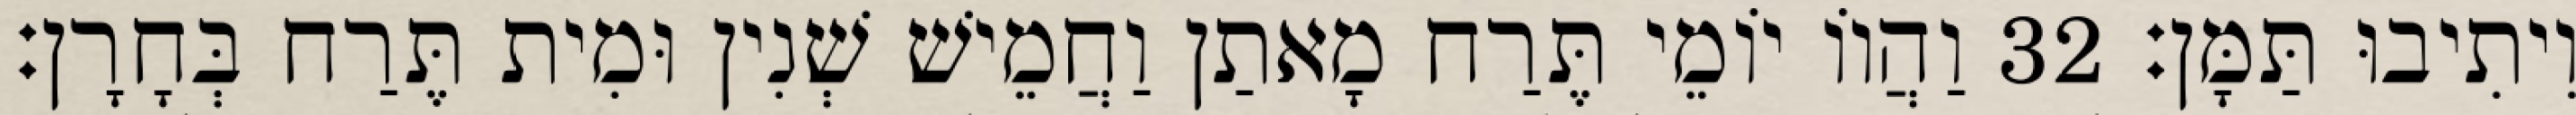
וִיתִיבוּ תַּמָּן׃ 32 וַהֲווֹ יוֹמֵי תֶּרַח מָאתַן וַחֲמֵישׁ שְׁנִין וּמִית תֶּרַח בְּחָרָן׃